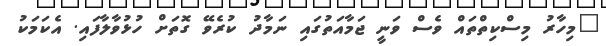
"މިހާރު މިސްކިތްތައް ވެސް ވަނީ ޖަމާއަތުގައި ނަމާދު ކުރެވޭ ގޮތަށް ހުޅުވާލާފައި. އެކަމަކު